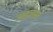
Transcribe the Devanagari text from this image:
अडजस्ट